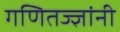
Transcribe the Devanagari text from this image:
गणितज्ज्ञांनी